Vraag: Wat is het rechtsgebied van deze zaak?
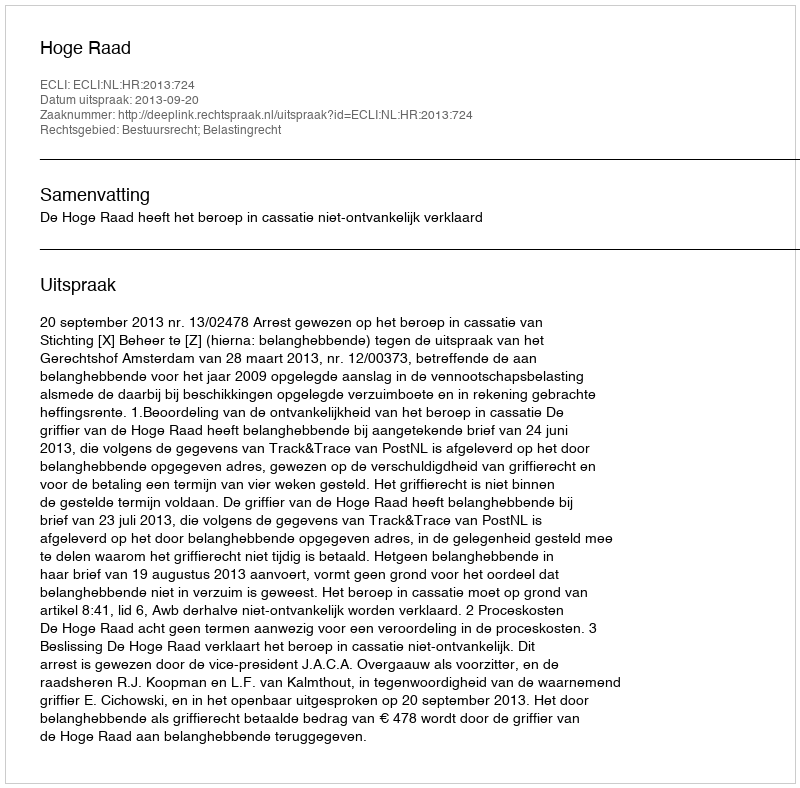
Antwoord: Bestuursrecht; Belastingrecht